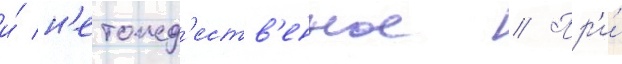
и́ н'етожд'еств'енное // Пр'и́